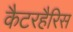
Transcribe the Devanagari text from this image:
कैटरहैरिस